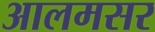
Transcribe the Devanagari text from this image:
आलमसर